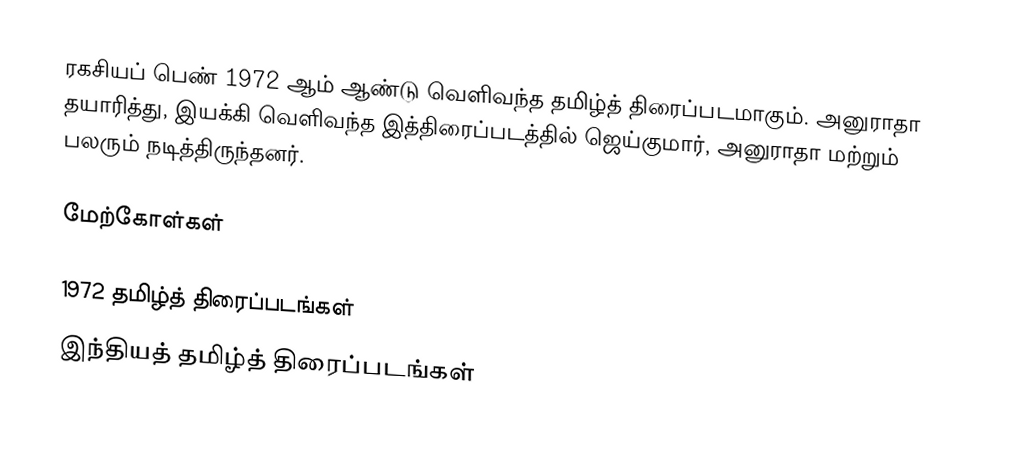
ரகசியப் பெண்  1972 ஆம் ஆண்டு வெளிவந்த தமிழ்த் திரைப்படமாகும். அனுராதா தயாரித்து, இயக்கி வெளிவந்த இத்திரைப்படத்தில் ஜெய்குமார், அனுராதா மற்றும் பலரும் நடித்திருந்தனர்.

மேற்கோள்கள்

1972 தமிழ்த் திரைப்படங்கள்
இந்தியத் தமிழ்த் திரைப்படங்கள்